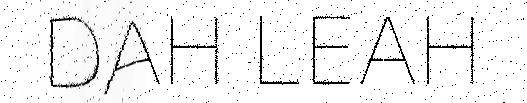
DAH LEAH